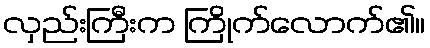
လှည်းကြီးက ကြိုက်လောက်၏။